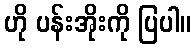
ဟို ပန်းအိုးကို ပြပါ။